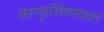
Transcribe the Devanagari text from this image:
कान्फुसियसवाद